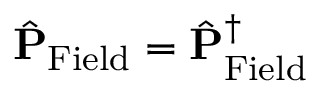
\hat { \bf P } _ { \mathrm { F i e l d } } = \hat { \bf P } _ { \mathrm { F i e l d } } ^ { \dagger }